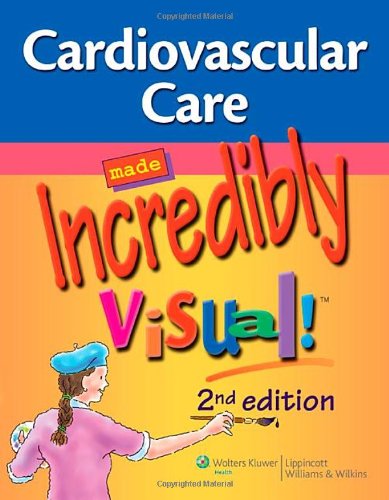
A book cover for Cardiovascular Care Made Incredibly Visual! (Incredibly Easy! SeriesÂ®); Lippincott; Medical Books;